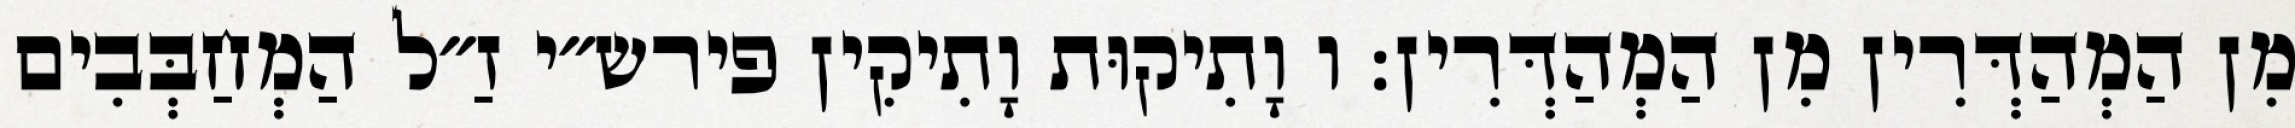
מִן הַמְהַדְּרִין מִן הַמְהַדְּרִין: ו וָתִיקוּת וָתִיקִין פירש״י זַ״ל הַמְחַבְּבִים